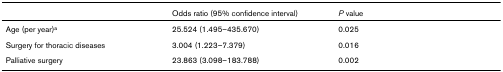
<table><thead><tr><td></td><td><b>Odds ratio (95% confidence interval)</b></td><td><b><i>P </i>value</b></td></tr></thead><tbody><tr><td>Age (per year)<sup>a</sup></td><td>25.524 (1.495–435.670)</td><td>0.025</td></tr><tr><td>Surgery for thoracic diseases</td><td>3.004 (1.223–7.379)</td><td>0.016</td></tr><tr><td>Palliative surgery</td><td>23.863 (3.098–183.788)</td><td>0.002</td></tr></tbody></table>